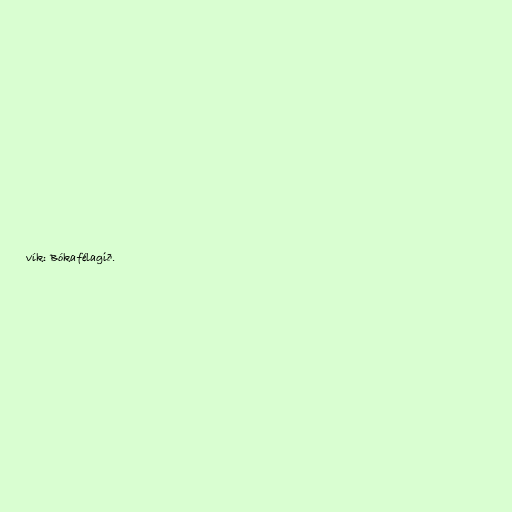
vík: Bókafélagið.